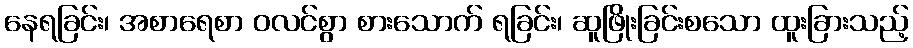
နေရခြင်း၊ အစာရေစာ ဝလင်စွာ စားသောက် ရခြင်း၊ ဆူဖြိုးခြင်းစသော ထူးခြားသည့်